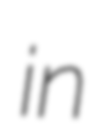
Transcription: in